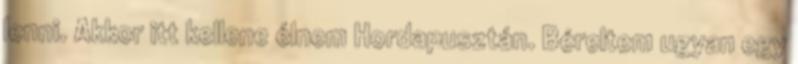
lenni. Akkor itt kellene élnem Hordapusztán. Béreltem ugyan egy